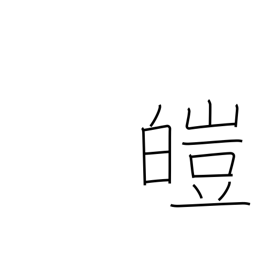
Meaning: white